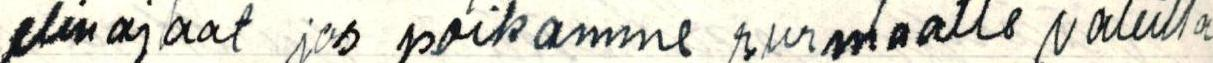
elinajaat jao poikamme surmaatte valeilla